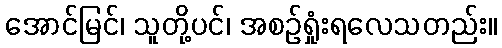
အောင်မြင်၊ သူတို့ပင်၊ အစဉ်ရှုံးရလေသတည်း။